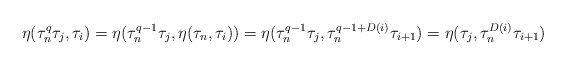
\begin{align*}\eta(\tau_n^q\tau_j, \tau_i)=\eta(\tau_n^{q-1}\tau_j, \eta(\tau_n,\tau_i))=\eta(\tau_n^{q-1}\tau_j,\tau_n^{q-1+D(i)}\tau_{i+1})=\eta(\tau_j,\tau_n^{D(i)}\tau_{i+1})\end{align*}